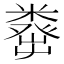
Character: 𥼈